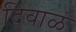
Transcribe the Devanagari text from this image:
दिवाळं